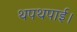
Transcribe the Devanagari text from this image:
थपथपाई।